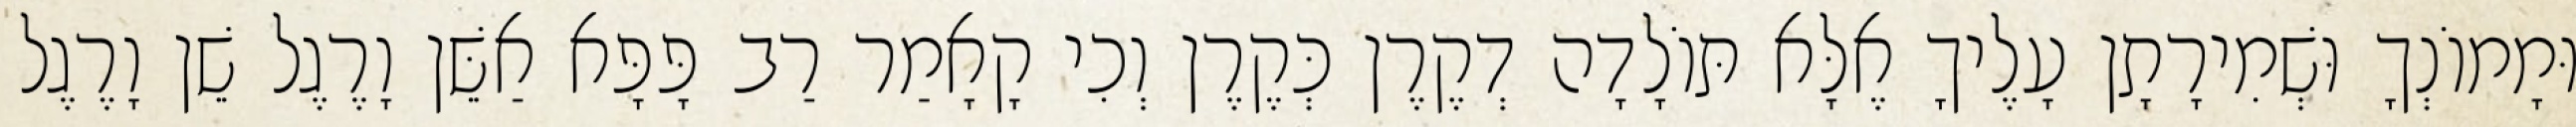
וּמָמוֹנְךָ וּשְׁמִירָתָן עָלֶיךָ אֶלָּא תּוֹלָדָה דְקֶרֶן כְּקֶרֶן וְכִי קָאָמַר רַב פָּפָּא אַשֵּׁן וָרֶגֶל שֵׁן וָרֶגֶל